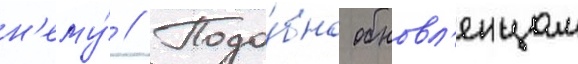
н'ему́ // Подо́бно обновл'енцам